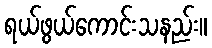
ရယ်ဖွယ်ကောင်းသနည်း။